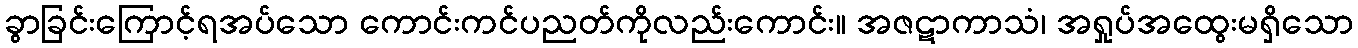
ခွာခြင်းကြောင့်ရအပ်သော ကောင်းကင်ပညတ်ကိုလည်းကောင်း။ အဇဋာကာသံ၊ အရှုပ်အထွေးမရှိသော